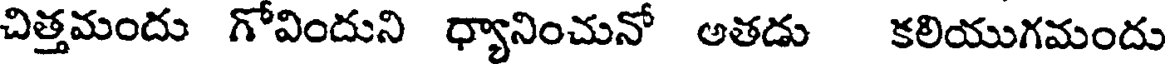
చిత్తమందు గోవిందుని ధ్యానించునో అతడు కలియుగమందు